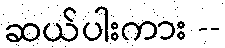
ဆယ်ပါးကား --